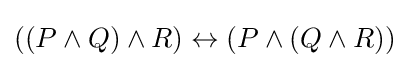
((P\land Q)\land R)\leftrightarrow (P\land (Q\land R))